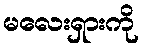
မလေးရှားကို